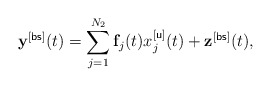
\begin{align*} \mathbf{y}^{[\sf bs]}(t)=\sum_{j=1}^{N_2}\mathbf{f}_j(t)x_j^{[\sf u]}(t)+\mathbf{z}^{[\sf bs]}(t),\end{align*}